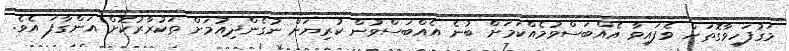
މަގުފަހިވާގޮތަށް ވެފައިވާ އެއްބަސްވުމެއްކަމަށް ބުނެ އެއްބަސްވުން ކުރިޔަށް ނުގެންދިއުމަށް ތަކުރާރުކޮށް އަންގާފަ އެވެ.